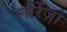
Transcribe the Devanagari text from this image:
लौरेंज़ो